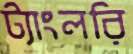
ট্যাংলরি